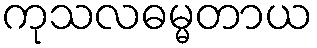
ကုသလဓမ္မတာယ